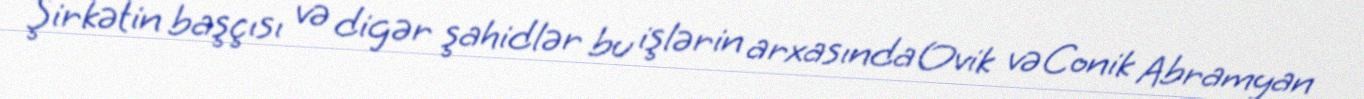
Şirkətin başçısı və digər şahidlər bu işlərin arxasında Ovik və Conik Abramyan